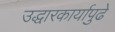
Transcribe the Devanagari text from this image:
उद्धारकार्यापुढे